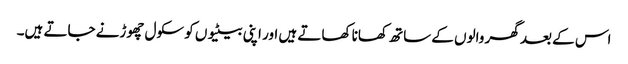
اس کے بعد گھر والوں کے ساتھ کھانا کھاتے ہیں اور اپنی بیٹیوں کو سکول چھوڑنے جاتے ہیں۔